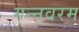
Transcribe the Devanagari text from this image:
गन्‍नवरम